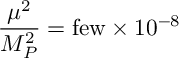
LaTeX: { \frac { \mu ^ { 2 } } { M _ { P } ^ { 2 } } = \mathrm { f e w } \times { 1 0 ^ { - 8 } } }